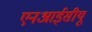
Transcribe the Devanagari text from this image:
एनआईसीयू